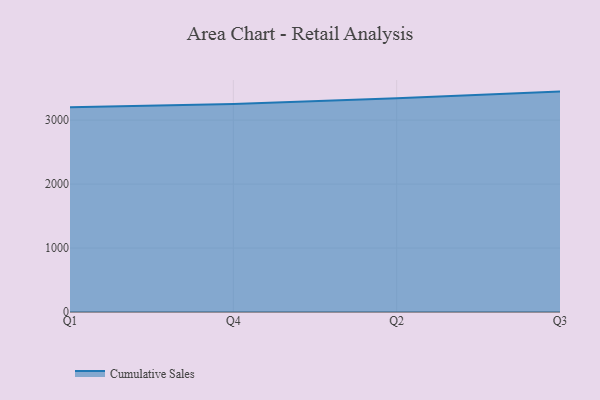
{"axis": {"x": "Quarter", "y": "Headcount"}, "legend": ["Cumulative Sales"], "data": [{"x": "Q1", "y": 3199.9, "type": "Cumulative Sales"}, {"x": "Q4", "y": 3252.0, "type": "Cumulative Sales"}, {"x": "Q2", "y": 3342.2, "type": "Cumulative Sales"}, {"x": "Q3", "y": 3445.9, "type": "Cumulative Sales"}]}